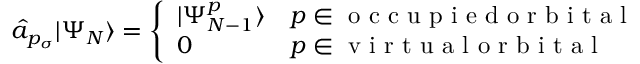
\hat { a } _ { p _ { \sigma } } | \Psi _ { N } \rangle = \left\{ \begin{array} { l l } { | \Psi _ { N - 1 } ^ { p } \rangle } & { p \in \mathrm { ~ o ~ c ~ c ~ u ~ p ~ i ~ e ~ d ~ o ~ r ~ b ~ i ~ t ~ a ~ l ~ } } \\ { 0 } & { p \in \mathrm { ~ v ~ i ~ r ~ t ~ u ~ a ~ l ~ o ~ r ~ b ~ i ~ t ~ a ~ l ~ } } \end{array} \right.